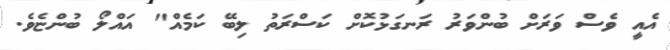
އެއީ ވެސް ވަރަށް ބުންވަރު ރަނގަޅުކޮށް ކަސްރަތު ލިބޭ ކަމެއް" އައްލޯ ބުންޏެވެ.